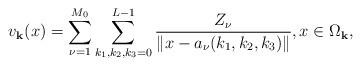
LaTeX: \begin{align*}v_{\bf k}(x)= \sum_{\nu=1}^{M_0} \sum\limits_{k_1,k_2,k_3=0}^{L-1} \frac{Z_\nu}{\|{x} -a_\nu (k_1,k_2,k_3)\|}, x\in \Omega_{\bf k}, \end{align*}